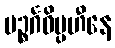
ပဉ္စင်္ဂဝိပ္ပဟီနေ